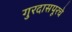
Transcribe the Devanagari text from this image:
गुरदासपूरचे